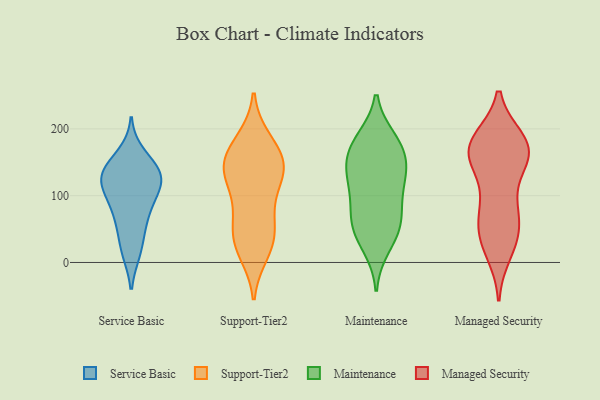
{"axis": {"x": "Website Visitors", "y": "Value"}, "legend": ["Maintenance", "Managed Security", "Service Basic", "Support-Tier2"], "data": [{"x": "", "y": 139, "type": "Service Basic"}, {"x": "", "y": 17, "type": "Service Basic"}, {"x": "", "y": 133, "type": "Service Basic"}, {"x": "", "y": 81, "type": "Service Basic"}, {"x": "", "y": 112, "type": "Service Basic"}, {"x": "", "y": 64, "type": "Service Basic"}, {"x": "", "y": 161, "type": "Service Basic"}, {"x": "", "y": 131, "type": "Service Basic"}, {"x": "", "y": 130, "type": "Service Basic"}, {"x": "", "y": 108, "type": "Service Basic"}, {"x": "", "y": 20, "type": "Service Basic"}, {"x": "", "y": 137, "type": "Service Basic"}, {"x": "", "y": 59, "type": "Service Basic"}, {"x": "", "y": 103, "type": "Service Basic"}, {"x": "", "y": 158, "type": "Support-Tier2"}, {"x": "", "y": 150, "type": "Support-Tier2"}, {"x": "", "y": 139, "type": "Support-Tier2"}, {"x": "", "y": 44, "type": "Support-Tier2"}, {"x": "", "y": 183, "type": "Support-Tier2"}, {"x": "", "y": 72, "type": "Support-Tier2"}, {"x": "", "y": 141, "type": "Support-Tier2"}, {"x": "", "y": 27, "type": "Support-Tier2"}, {"x": "", "y": 26, "type": "Support-Tier2"}, {"x": "", "y": 54, "type": "Support-Tier2"}, {"x": "", "y": 147, "type": "Support-Tier2"}, {"x": "", "y": 93, "type": "Support-Tier2"}, {"x": "", "y": 129, "type": "Support-Tier2"}, {"x": "", "y": 122, "type": "Support-Tier2"}, {"x": "", "y": 180, "type": "Support-Tier2"}, {"x": "", "y": 15, "type": "Support-Tier2"}, {"x": "", "y": 64, "type": "Maintenance"}, {"x": "", "y": 139, "type": "Maintenance"}, {"x": "", "y": 40, "type": "Maintenance"}, {"x": "", "y": 148, "type": "Maintenance"}, {"x": "", "y": 165, "type": "Maintenance"}, {"x": "", "y": 24, "type": "Maintenance"}, {"x": "", "y": 184, "type": "Maintenance"}, {"x": "", "y": 60, "type": "Maintenance"}, {"x": "", "y": 58, "type": "Maintenance"}, {"x": "", "y": 112, "type": "Maintenance"}, {"x": "", "y": 119, "type": "Maintenance"}, {"x": "", "y": 171, "type": "Maintenance"}, {"x": "", "y": 183, "type": "Maintenance"}, {"x": "", "y": 129, "type": "Maintenance"}, {"x": "", "y": 85, "type": "Maintenance"}, {"x": "", "y": 37, "type": "Managed Security"}, {"x": "", "y": 77, "type": "Managed Security"}, {"x": "", "y": 16, "type": "Managed Security"}, {"x": "", "y": 170, "type": "Managed Security"}, {"x": "", "y": 90, "type": "Managed Security"}, {"x": "", "y": 167, "type": "Managed Security"}, {"x": "", "y": 80, "type": "Managed Security"}, {"x": "", "y": 30, "type": "Managed Security"}, {"x": "", "y": 39, "type": "Managed Security"}, {"x": "", "y": 143, "type": "Managed Security"}, {"x": "", "y": 178, "type": "Managed Security"}, {"x": "", "y": 183, "type": "Managed Security"}, {"x": "", "y": 166, "type": "Managed Security"}, {"x": "", "y": 152, "type": "Managed Security"}, {"x": "", "y": 61, "type": "Managed Security"}, {"x": "", "y": 156, "type": "Managed Security"}, {"x": "", "y": 183, "type": "Managed Security"}, {"x": "", "y": 173, "type": "Managed Security"}]}